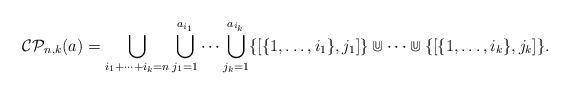
LaTeX: \begin{align*}\mathcal{CP}_{n,k}( a)=\bigcup_{i_1+\dots+i_k=n}\bigcup_{j_1=1}^{a_{i_1}}\cdots\bigcup_{j_k=1}^{a_{i_k}}\{[\{1,\dots,i_1\}, j_1]\}\Cup\cdots\Cup\{[\{1,\dots,i_k\}, j_k]\}.\end{align*}